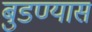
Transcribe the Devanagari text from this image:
बुडण्यास